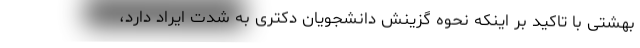
بهشتی با تاکید بر اینکه نحوه گزینش دانشجویان دکتری به شدت ایراد دارد،